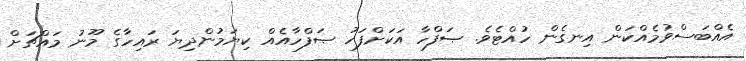
އެއްބަސްވުމެއްކަން އިނގެން ހުއްޓެވެ. ޞަފްހާ އަކަށްފަހު ޞަފްހާއެއް ކިޔަމުންދިޔަ ރައިހާގެ މޫނު މައްޗަށް